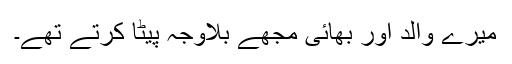
میرے والد اور بھائی مجھے بلاوجہ پیٹا کرتے تھے۔